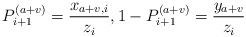
LaTeX: \begin{align*} P_{i+1}^{(a+v)} = \frac{x_{a+v,i}}{z_i}, 1 - P_{i+1}^{(a+v)} = \frac{y_{a+v}}{z_i}\end{align*}